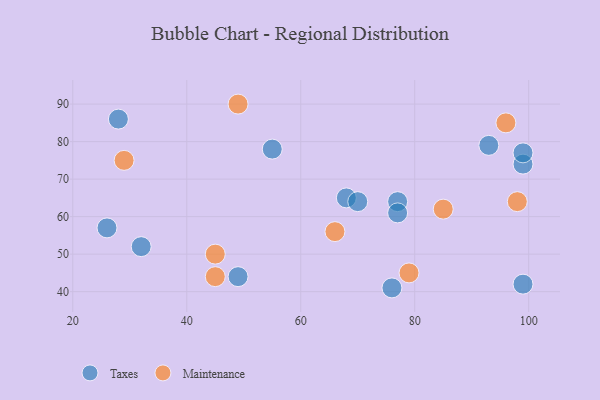
{"axis": {"x": "GDP", "y": "Life Expectancy"}, "legend": ["Maintenance", "Taxes"], "data": [{"x": "93", "y": 79, "type": "Taxes"}, {"x": "77", "y": 64, "type": "Taxes"}, {"x": "68", "y": 65, "type": "Taxes"}, {"x": "55", "y": 78, "type": "Taxes"}, {"x": "76", "y": 41, "type": "Taxes"}, {"x": "32", "y": 52, "type": "Taxes"}, {"x": "99", "y": 74, "type": "Taxes"}, {"x": "70", "y": 64, "type": "Taxes"}, {"x": "28", "y": 86, "type": "Taxes"}, {"x": "77", "y": 61, "type": "Taxes"}, {"x": "26", "y": 57, "type": "Taxes"}, {"x": "99", "y": 77, "type": "Taxes"}, {"x": "49", "y": 44, "type": "Taxes"}, {"x": "99", "y": 42, "type": "Taxes"}, {"x": "85", "y": 62, "type": "Maintenance"}, {"x": "45", "y": 44, "type": "Maintenance"}, {"x": "96", "y": 85, "type": "Maintenance"}, {"x": "66", "y": 56, "type": "Maintenance"}, {"x": "45", "y": 50, "type": "Maintenance"}, {"x": "79", "y": 45, "type": "Maintenance"}, {"x": "49", "y": 90, "type": "Maintenance"}, {"x": "29", "y": 75, "type": "Maintenance"}, {"x": "98", "y": 64, "type": "Maintenance"}]}